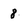
Character: 8